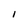
Character: I